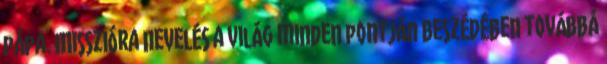
pápa. Misszióra nevelés a világ minden pontján Beszédében továbbá